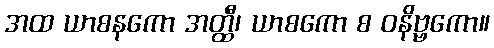
အထ ယာစနကော အတ္ထီ၊ ယာစကော စ ဝနိဗ္ဗကော။